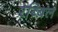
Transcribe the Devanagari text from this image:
रब्बिल